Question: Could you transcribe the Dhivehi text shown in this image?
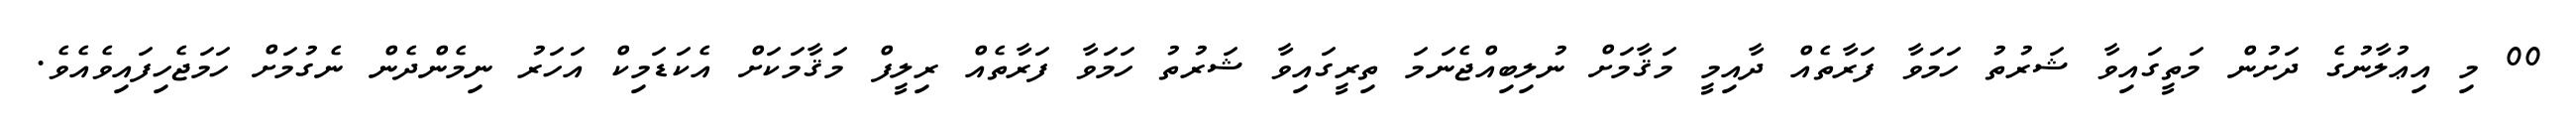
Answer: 00 މި އިޢުލާނުގެ ދަށުން މަތީގައިވާ ޝަރުތު ހަމަވާ ފަރާތެއް ދާއިމީ މަޤާމަށް ނުލިބިއްޖެނަމަ ތިރީގައިވާ ޝަރުތު ހަމަވާ ފަރާތެއް ރިލީފް މަޤާމަކަށް އެކަޑަމިކް އަހަރު ނިމެންދެން ނެގުމަށް ހަމަޖެހިފައިވެއެވެ.